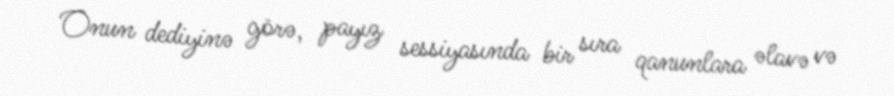
Onun dediyinə görə, payız sessiyasında bir sıra qanunlara əlavə və